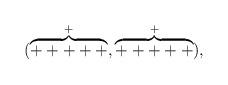
LaTeX: \begin{align*}(\stackrel{+}{\overbrace{+++++}},\stackrel{+}{\overbrace{+++++}})\mbox{,}\end{align*}